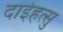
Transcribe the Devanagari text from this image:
दाईहत्सु